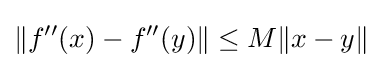
\|f''(x)-f''(y)\|\leq M\|x-y\|